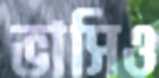
ভাসিও